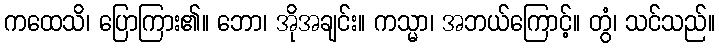
ကထေသိ၊ ပြောကြား၏။ ဘော၊ အိုအချင်း။ ကသ္မာ၊ အဘယ်ကြောင့်။ တွံ၊ သင်သည်။